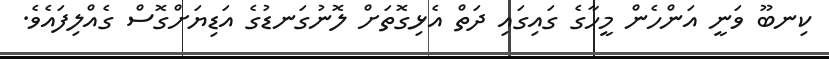
ކިނބޫ ވަނީ އަންހެން މީހާގެ ގައިގައި ދަތް އެޅިގޮތަށް ލޮނުގަނޑުގެ އަޑިޔަށްގޮސް ގެއްލިފައެވެ.